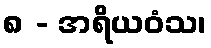
၈ - အရိယဝံသ၊